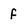
Character: f